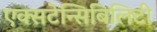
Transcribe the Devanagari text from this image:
एक्सटेन्सिबिलिटी